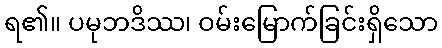
ရ၏။ ပမုဘဒိဿ၊ ဝမ်းမြောက်ခြင်းရှိသော